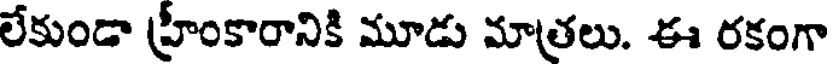
లేకుండా హ్రీంకారానికి మూడు మాత్రలు. ఈ రకంగా